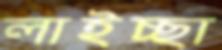
লাইচ্ছা